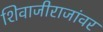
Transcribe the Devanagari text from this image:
शिवाजीराजांवर